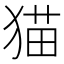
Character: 猫